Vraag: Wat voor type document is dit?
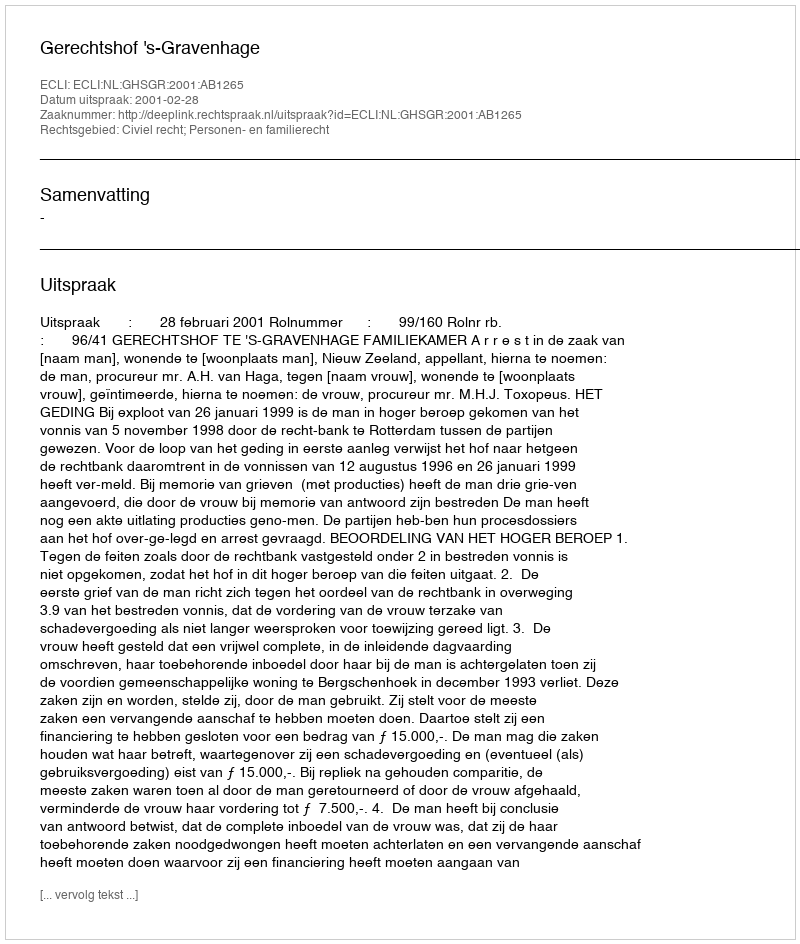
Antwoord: Uitspraak